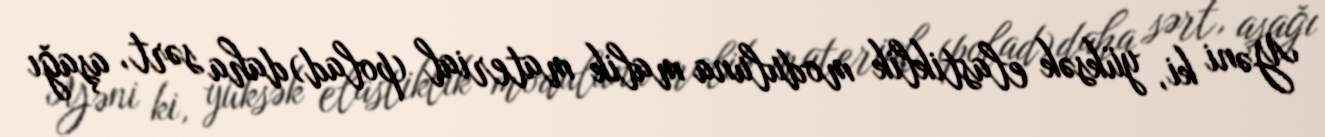
Yəni ki, yüksək elastiklik moduluna malik material (polad) daha sərt, aşağı